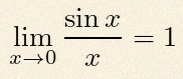
\lim_{x\to0}\frac{\sin x}{x}=1